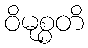
ဝိမုစ္စတိ